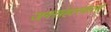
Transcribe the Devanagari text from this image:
जगसंहारकर्ता